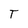
Character: T